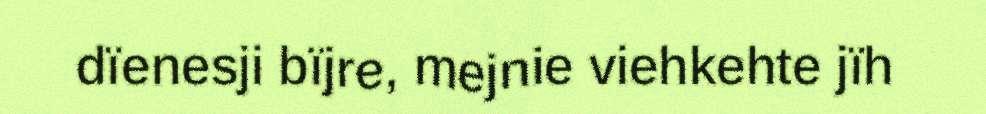
dïenesji bïjre, mejnie viehkehte jïh